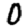
Digit: 0